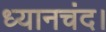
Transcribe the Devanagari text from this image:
ध्यानचंद।